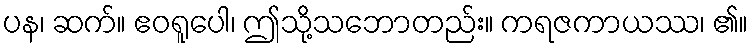
ပန၊ ဆက်။ ဧဝရူပေါ၊ ဤသို့သဘောတည်း။ ကရဇကာယဿ၊ ၏။